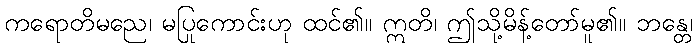
ကရောတိမညေ၊ မပြုကောင်းဟု ထင်၏။ ဣတိ၊ ဤသို့မိန့်တော်မူ၏။ ဘန္တေ၊